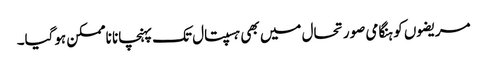
مریضوں کو ہنگامی صورتحال میں بھی ہسپتال تک پہنچانا ناممکن ہوگیا۔